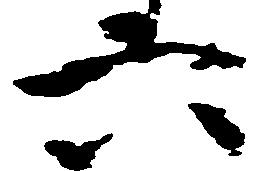
六